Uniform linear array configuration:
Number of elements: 48
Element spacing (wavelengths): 0.25
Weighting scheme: binomial
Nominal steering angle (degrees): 30
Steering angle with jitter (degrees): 31.216
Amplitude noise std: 0.05
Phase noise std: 0.05

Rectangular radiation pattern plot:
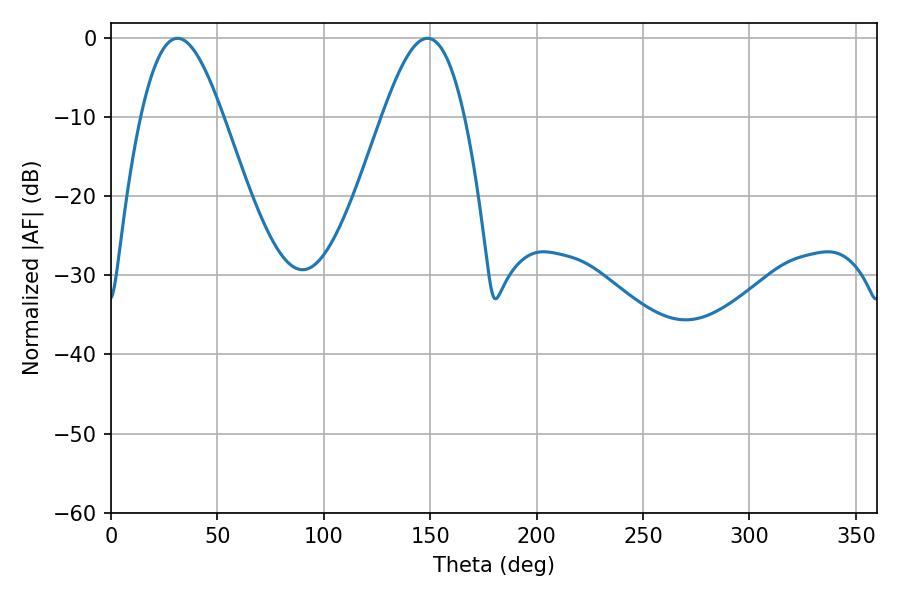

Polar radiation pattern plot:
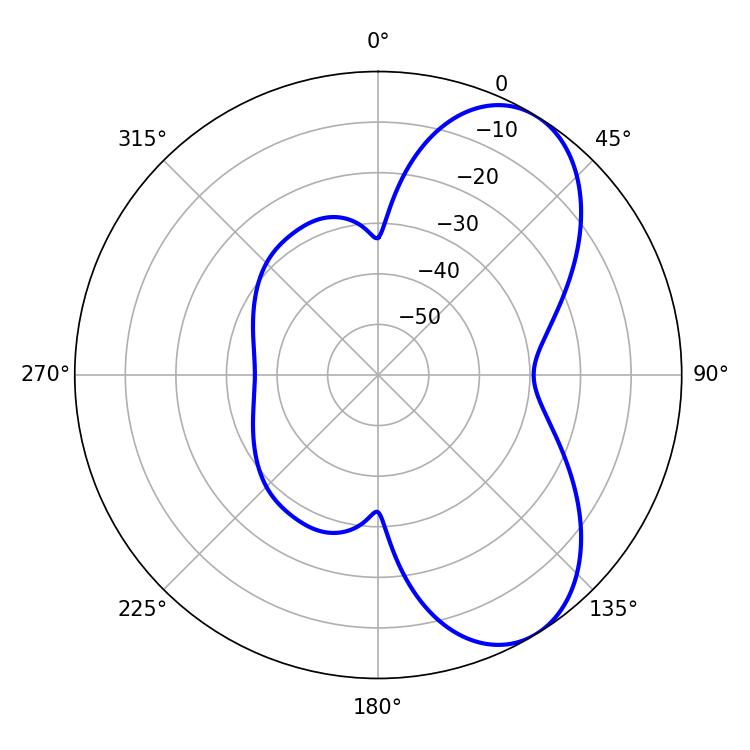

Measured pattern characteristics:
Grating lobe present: FALSE
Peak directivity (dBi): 6.758
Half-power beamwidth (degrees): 20.88
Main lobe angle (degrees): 31.32